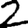
Digit: 2